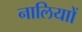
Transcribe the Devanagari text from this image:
नालियाों